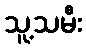
သူ့သမီး